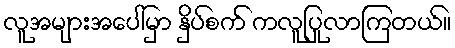
လူအများအပေါ်မှာ နှိပ်စက် ကလူပြုလာကြတယ်။